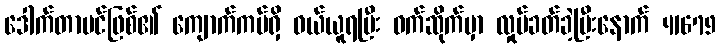
ဒေါက်တာပင်ဖြစ်၏ ကျောက်ကပ်ရှိ ဝယ်ယူရပြီး ဝက်ဆိုက်မှာ လှုပ်ခတ်ခဲ့ပြီးနောက် 41679